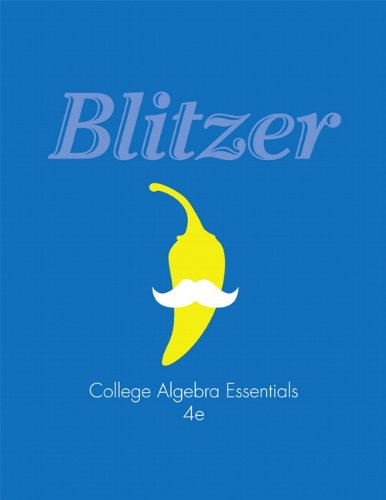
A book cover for College Algebra Essentials (4th Edition); Robert F. Blitzer; Science & Math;